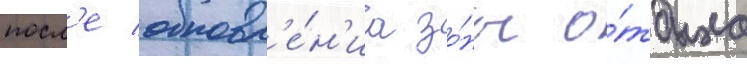
посл'е обновл'е́н'иа зо́ны о́тдыха